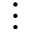
\vdots